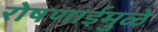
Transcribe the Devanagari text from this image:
रोषणाईमुळे